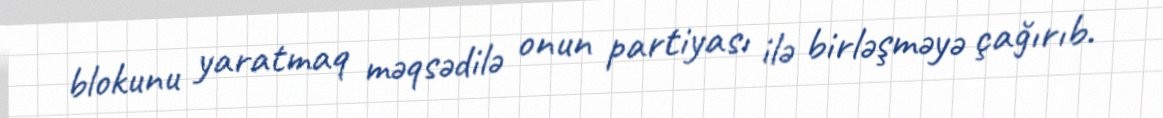
blokunu yaratmaq məqsədilə onun partiyası ilə birləşməyə çağırıb.